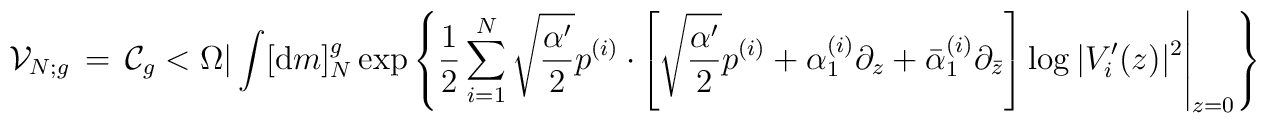
{\cal V}_{N;g}\, =\, {\cal C}_{g} < \Omega| \int [ {\mbox d} m]^{g}_{N}\exp \left\{\frac{1}{2} \sum_{i=1}^{N} \sqrt{\frac{\alpha'}{2}} p^{(i)} \cdot\left.\! \left[ \sqrt{\frac{\alpha'}{2}} p^{(i)} + {\alpha}_{1}^{(i)} \partial_{z}+ \bar{\alpha}_{1}^{(i)} \partial_{\bar{z}} \right] \log |V'_{i}(z)|^2\right|_{z=0} \right\}